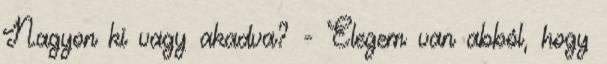
Nagyon ki vagy akadva? - Elegem van abból, hogy